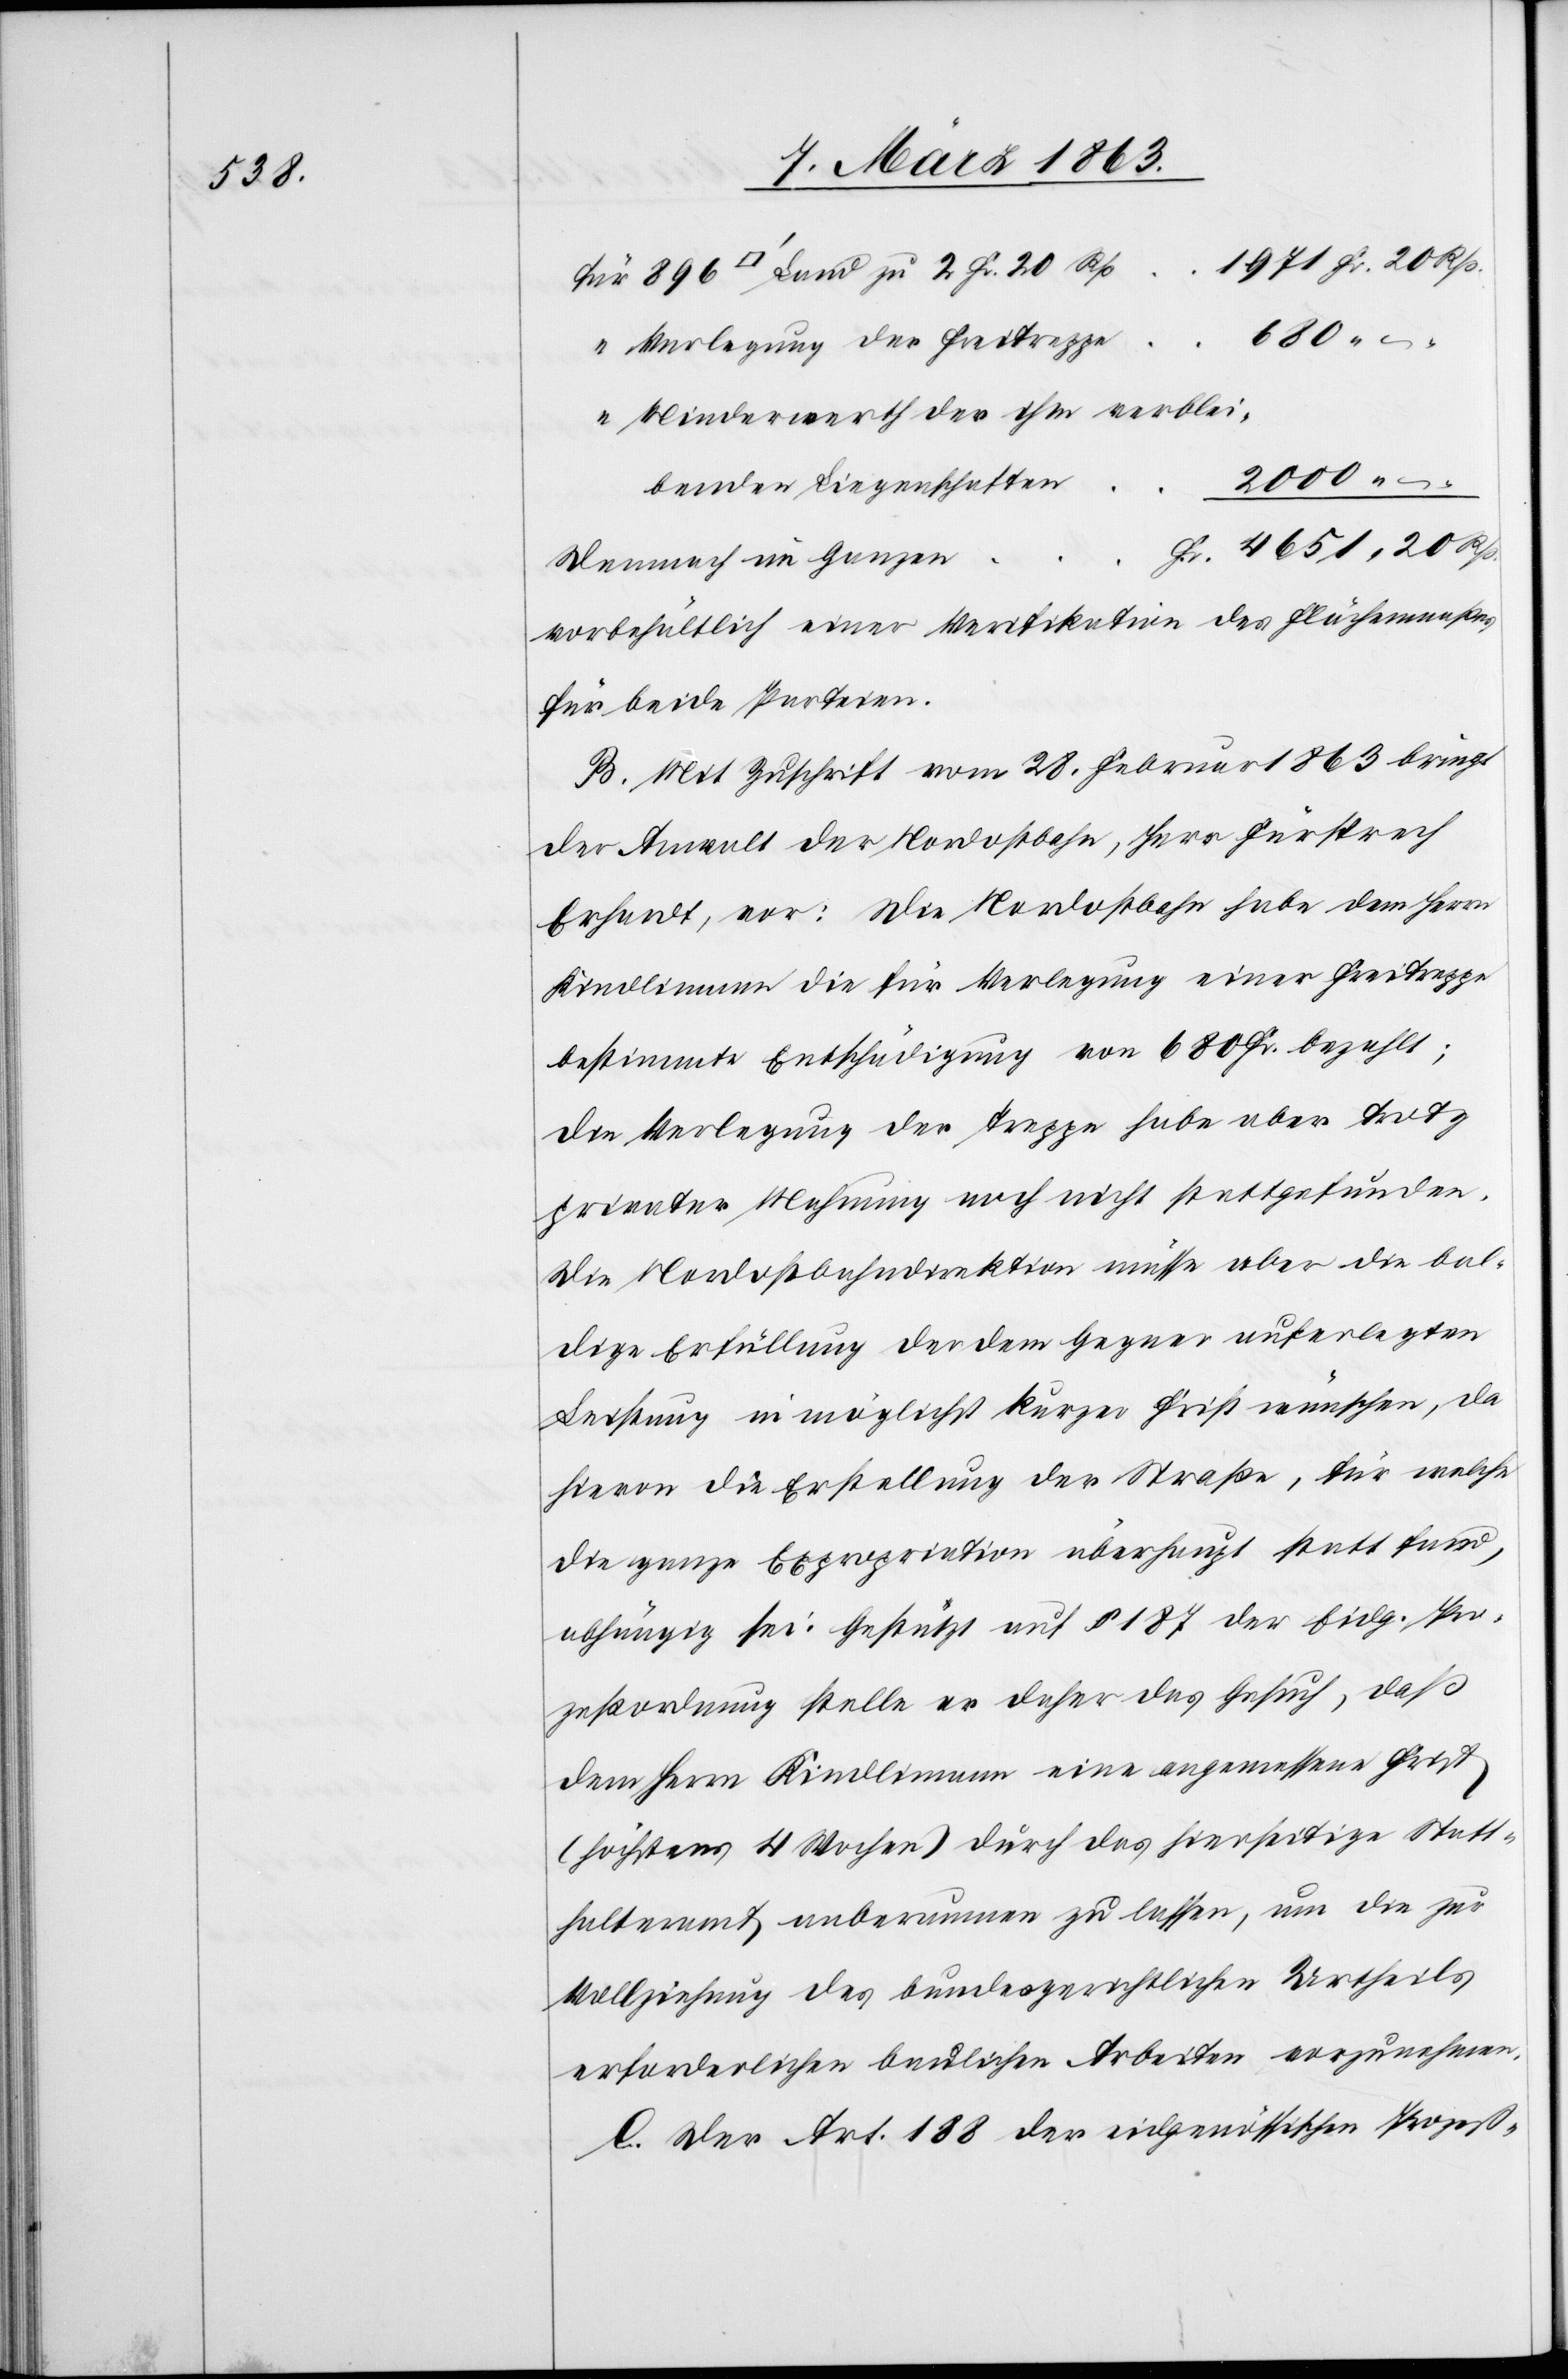
2000

Verlegung der Freitreppe
Minderwerth der ihm verblei¬
benden Liegenschaften
Demnach im Ganzen
vorbehältlich einer Verifikation des Flächenmaßes
für beide Parteien.
B. Mit Zuschrift vom 28. Februar 1863 bringt
der Anwalt der Nordostbahn, Herr Fürsprech
Erhardt, vor: Die Nordostbahn habe dem Herrn
Kindlimann die für Verlegung einer Freitreppe
bestimmte Entschädigung von 680 Fr. bezahlt;
die Verlegung der Treppe habe aber trotz
privater Mahnung noch nicht stattgefunden.
Die Nordostbahndirektion müsse aber die bal¬
dige Erfüllung der dem Gegner auferlegten
Leistung in möglichst kurzer Frist wünschen, da
hievon die Erstellung der Straße, für welche
die ganze Expropriation überhaupt statt fand,
abhängig sei. Gestützt auf § 187 der Eidg. Pro¬
zeßordnung stelle er daher das Gesuch, daß
dem Herrn Kindlimann eine angemessene Frist
(höchstens 4 Wochen) durch das hierseitige Statt¬
halteramt anberaumen zu lassen, um die zur
Vollziehung des bundesgerichtlichen Urtheils
erforderlichen baulichen Arbeiten vorzunehmen.
C. Der Art. 188 der eidgenössischen Prozeß-